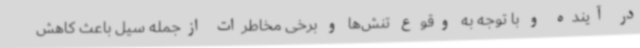
در آینده و با توجه به وقوع تنش‌ها و برخی مخاطرات ازجمله سیل باعث کاهش